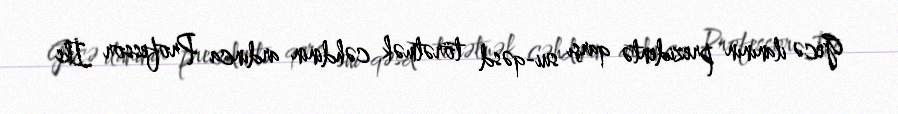
Gecə ilanının prezidentə qarşı sui-qəsd törətmək cəhdinin ardınca Professor İks